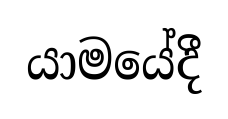
යාමයේදී